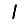
Digit: 1